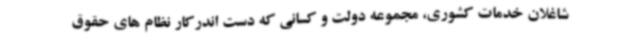
شاغلان خدمات کشوری، مجموعه دولت و کسانی که دست اندرکار نظام های حقوق